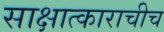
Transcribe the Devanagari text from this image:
साक्षात्काराचीच